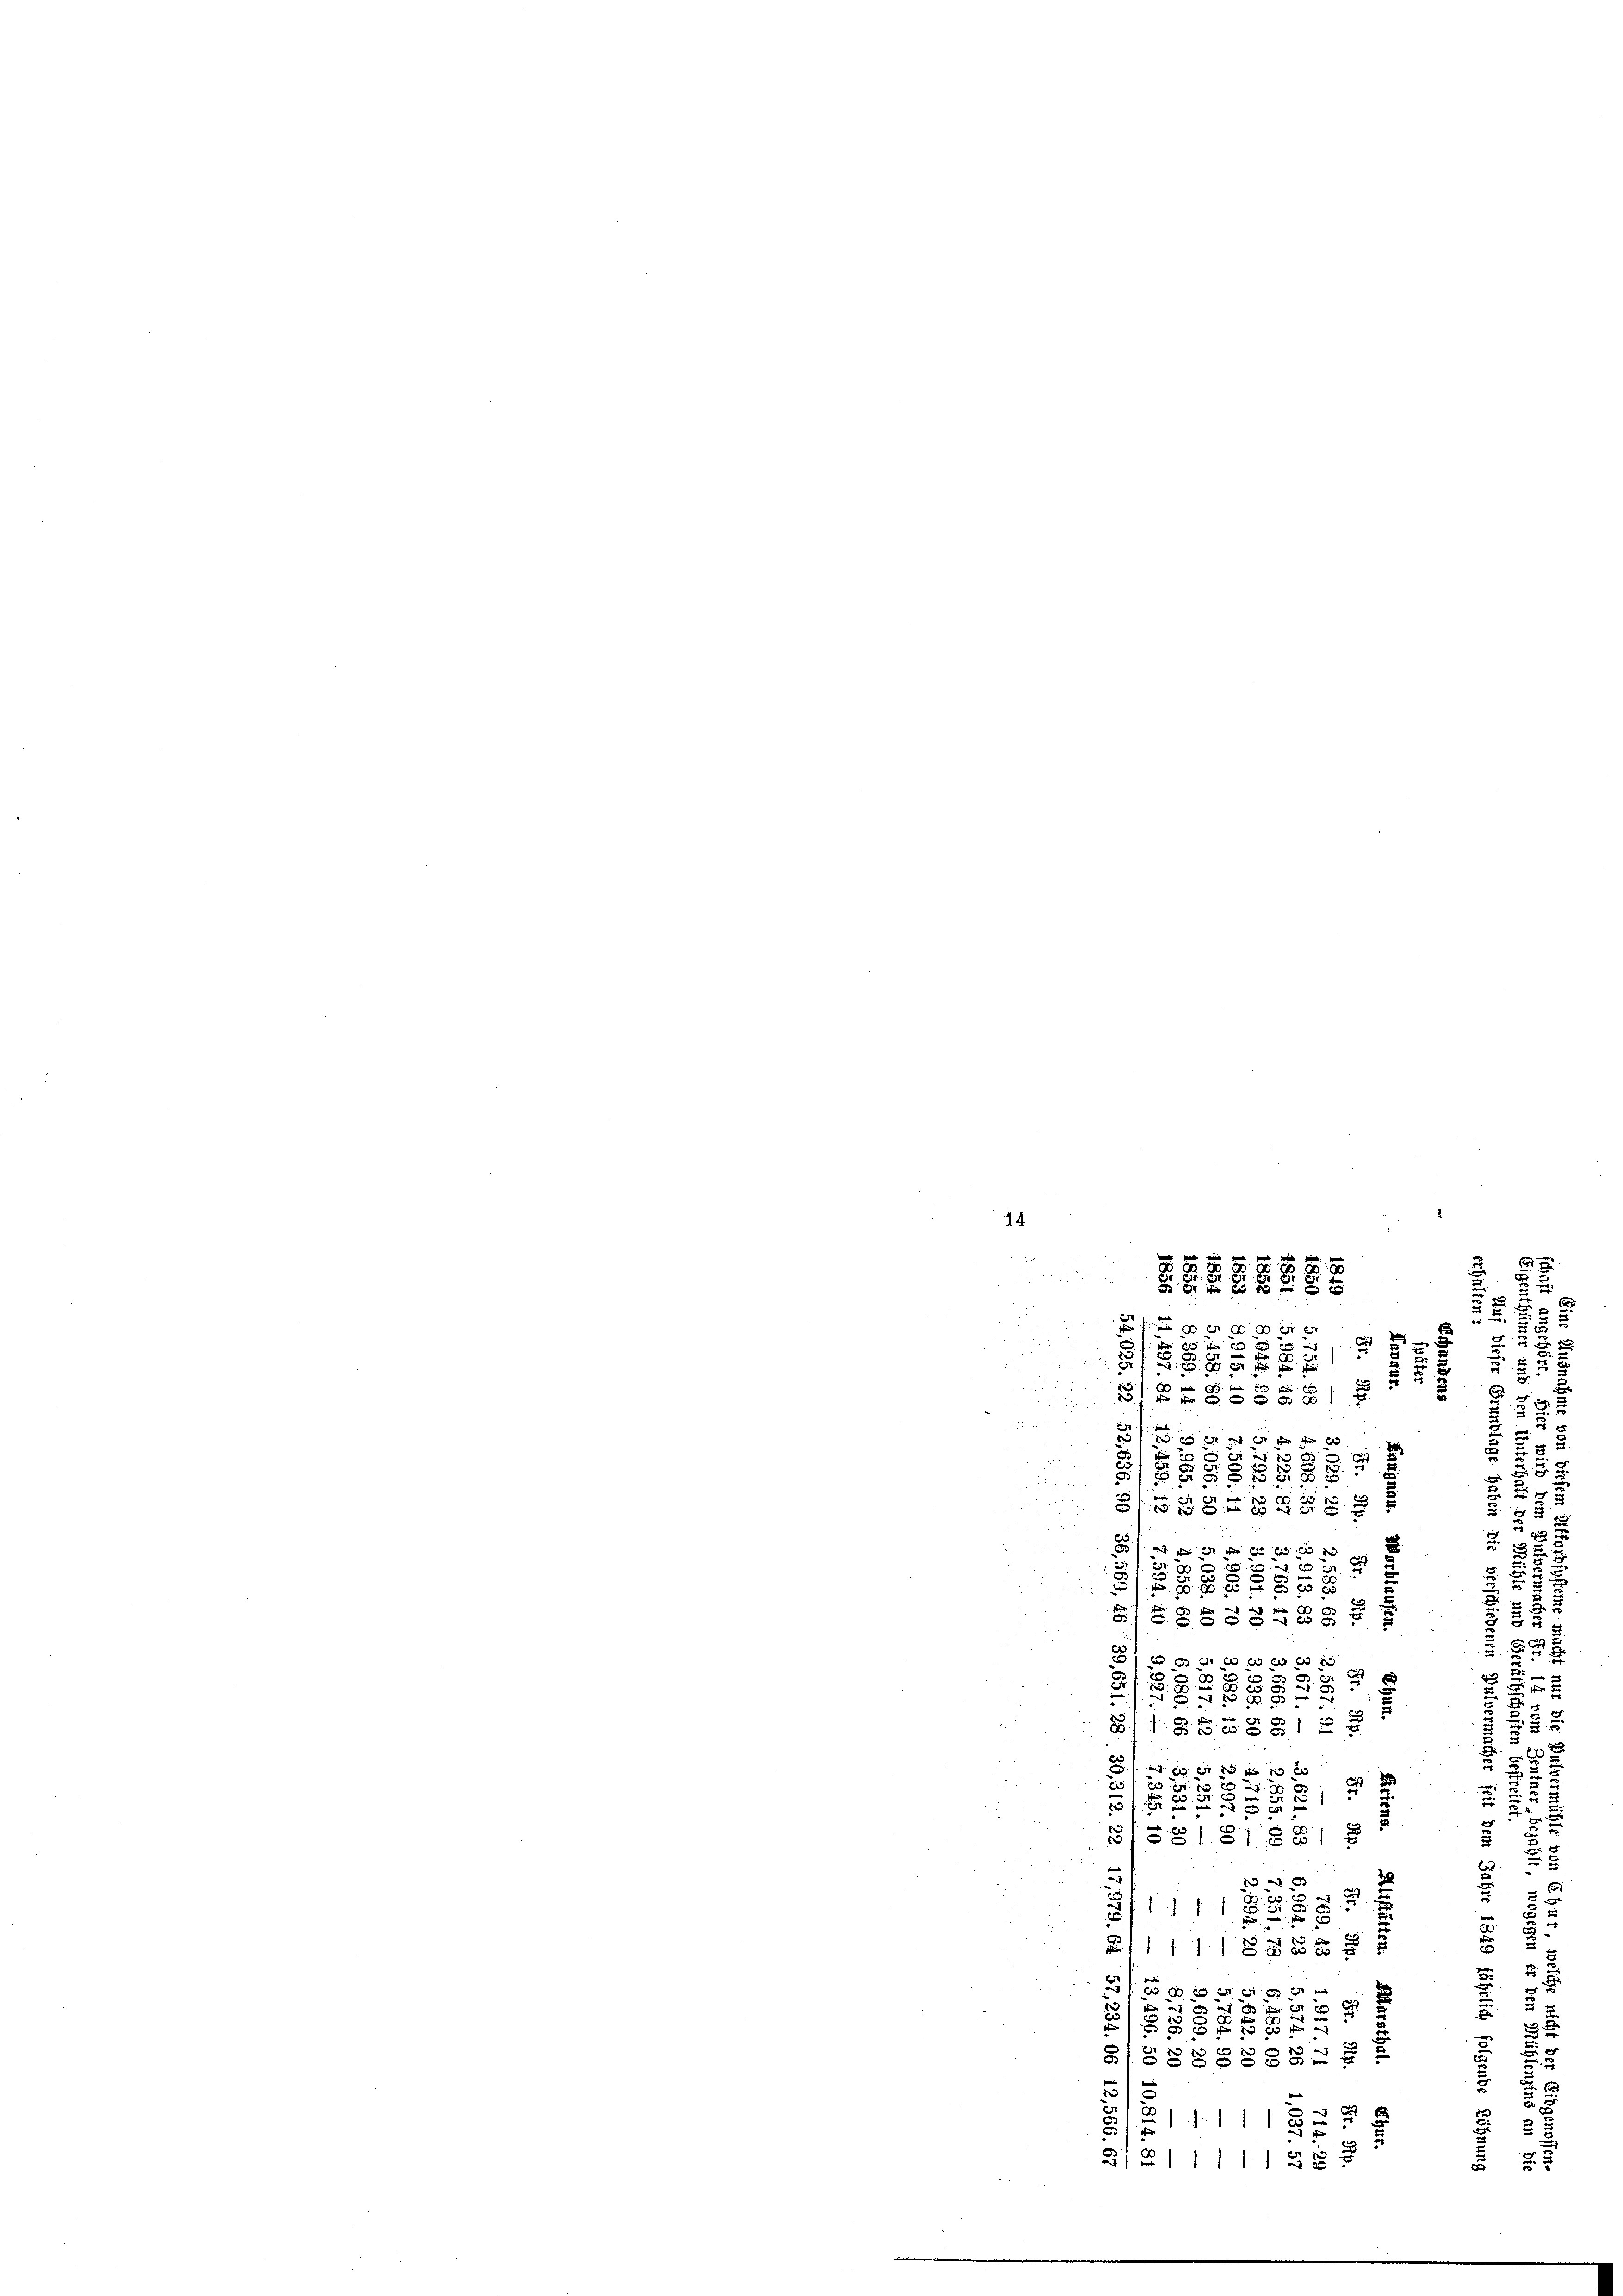
14

0
.
 f 0 x

i e de
.
x
i

8

u
1588

s
2
 20 x
u
GG §§ 828
d
c
3

d
9

.
7 pr
 8 x
5
 0 x
i
2
1
t
88488:

e
353
x
8 x
2
34
S
 §§ 12.
 e f g

8
2
 5
u
 2

1

f
u
 601
|
 x
e
bische
u
125
f f 8 xxx
e
2
d

3 x

58
3 f 5 x

2
1
31883 so

11

.
21 § 111 11 58 x

xxxxxx

c
2

2
i
u
2

E
8
1

3
.
5
 2
x
2
wund
 92

52
u
r
u
2

2
.
u
u
u
¬
3
7
e
2

5
x
u

u
u

2

.